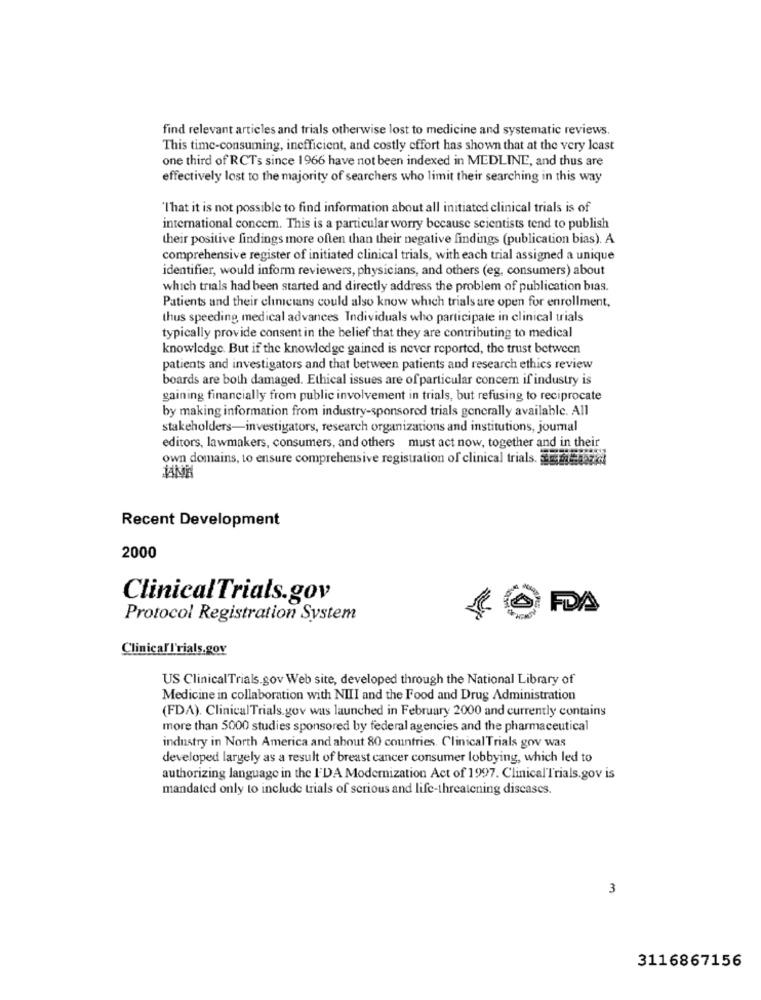
find relevant articles and trials otherwise lost to medicine and systematic reviews.
This time-consuming, inefficient, and costly effort has shown that at the very least
one third of RCTs since 1966 have not been indexed in MEDLINE, and thus are
effectively lost to the majority of searchers who limit their searching in this way
'That it is not possible to find information about all initiated clinical trials is of
international concem. This is a particular worry because scientists tend to publish
their positive findings more often than their negative findings (publication bias). A
comprehensive register of initiated clinical trials, with each trial assigned a unique
identifier, would inform reviewers, physicians, and others (eg, consumers) about
which trials had been started and directly address the problem of publication bias.
Patients and their clinicians could also know which trials are open for enrollment,
thus speeding medical advances Individuals who participate in clinical trials
typically provide consent in the belief that they are contributing to medical
knowledge. But if the knowledge gained is never reported, the trust between
patients and investigators and that between patients and research ethics review
boards are both damaged. Ethical issues are of particular concer if industry is
gaining financially from public involvement in trials, but refusing to reciprocate
by making information from industry-sponsored trials generally available. All
stakeholders-investigators, research organizations and institutions, journal
editors, lawmakers, consumers, and others must act now, together and in their
own domains, to ensure comprehensive registration of clinical trials. him back
Recent Development
2000
ClinicalTrials.gov
FDA
Protocol Registration System
ClinicalI'rials.gov
US ClinicalTrials.gov Web site, developed through the National Library of
Medicine in collaboration with NIII and the Food and Drug Administration
(FDA). ClinicalTrials. gov was launched in February 2000 and currently contains
more than 5000 studies sponsored by federal agencies and the pharmaceutical
industry in North America and about 80 countries. Clinical Trials gov was
developed largely as a result of breast cancer consumer lobbying, which led to
authorizing language in the I'DA Modernization Act of 1997. ClinicalTrials.gov is
mandated only to include trials of serious and life-threatening diseases.
3
3116867156